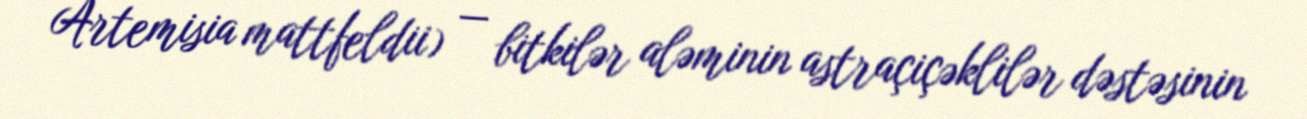
Artemisia mattfeldii) — bitkilər aləminin astraçiçəklilər dəstəsinin